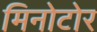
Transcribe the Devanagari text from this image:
मिनोटोर